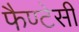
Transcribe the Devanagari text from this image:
फैण्टेसी